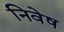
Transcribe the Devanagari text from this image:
निवेष